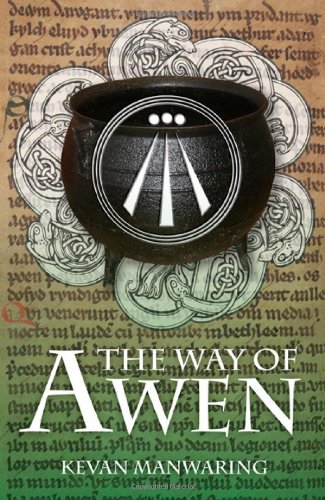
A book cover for The Way of Awen; Kevan Manwaring; Religion & Spirituality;